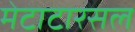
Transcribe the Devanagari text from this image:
मेटाटारसल